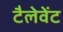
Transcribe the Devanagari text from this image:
टैलेवेंट